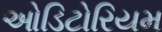
ઓડિટોરિયમ